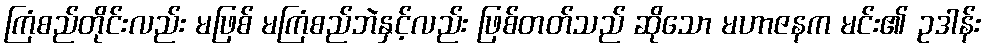
ကြံစည်တိုင်းလည်း မဖြစ် မကြံစည်ဘဲနှင့်လည်း ဖြစ်တတ်သည် ဆိုသော မဟာဇနက မင်း၏ ဥဒါန်း